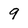
Character: 9